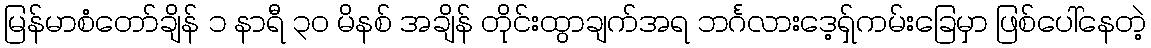
မြန်မာစံတော်ချိန် ၁ နာရီ ၃၀ မိနစ် အချိန် တိုင်းထွာချက်အရ ဘင်္ဂလားဒေ့ရှ်ကမ်းခြေမှာ ဖြစ်ပေါ်နေတဲ့